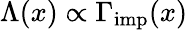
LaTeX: \Lambda(x)\propto\Gamma_{\mathrm{imp}}(x)